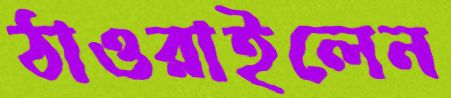
ঠাওরাইলেন